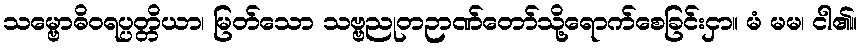
သမ္ဗောဓိဝရပ္ပတ္တိယာ၊ မြတ်သော သဗ္ဗညုတဉာဏ်တော်သို့ရောက်စေခြင်းငှာ။ မံ မမ၊ ငါ၏။